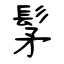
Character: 髳